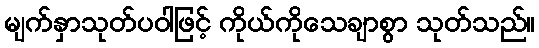
မျက်နှာသုတ်ပဝါဖြင့် ကိုယ်ကိုသေချာစွာ သုတ်သည်။